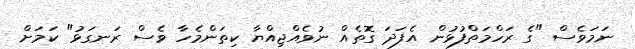
ނަމަވެސް "ގެ ރަހްމަތްފުޅުން އެފަދަ ގޮތެއް ނުވެއްޖިއްޔާ ކިތަންމެހާ ވެސް ރަނގަޅު" ކަމަށް